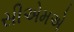
સીએમએ